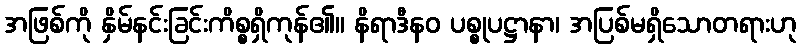
အဖြစ်ကို နှိမ်နင်းခြင်းကိစ္စရှိကုန်၏။ နိရာဒီနဝ ပစ္စုပဋ္ဌာနာ၊ အပြစ်မရှိသောတရားဟု